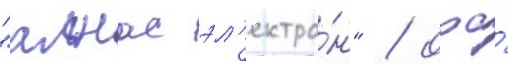
"алнас эл'ектро́н" / ооо́